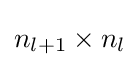
n_{l+1}\times n_{l}